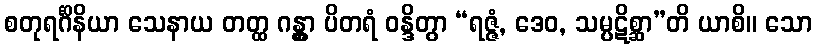
စတုရင်္ဂိနိယာ သေနာယ တတ္ထ ဂန္တွာ ပိတရံ ဝန္ဒိတွာ “ရဇ္ဇံ, ဒေဝ, သမ္ပဋိစ္ဆာ”တိ ယာစိ။ သော